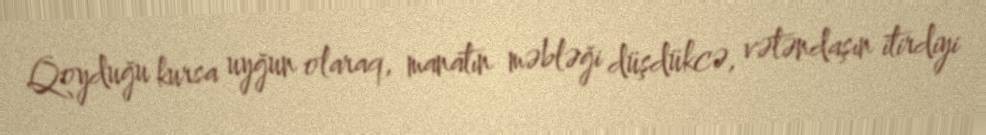
Qoyduğu kursa uyğun olaraq, manatın məbləği düşdükcə, vətəndaşın itirdiyi